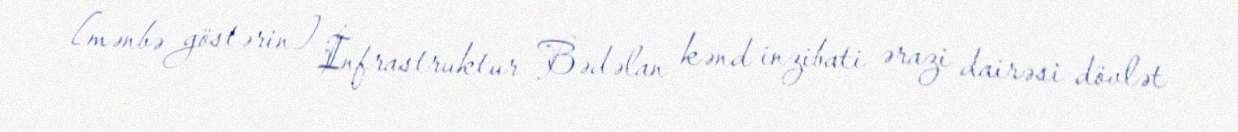
[mənbə göstərin] İnfrastruktur Bədəlan kənd inzibati ərazi dairəsi dövlət